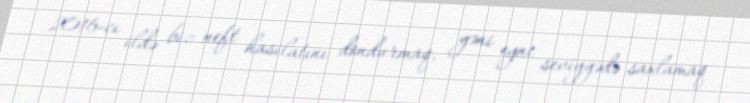
2016-cı ildə biz neft hasilatını dondurmaq, yəni eyni seviyyədə saxlamaq